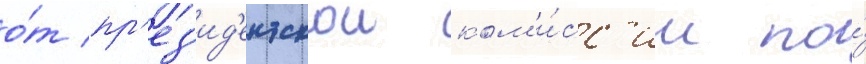
о́т пр'ез'ид'ентскои ком'и́сс'ии по́